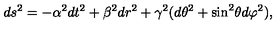
d s ^ { 2 } = - \alpha ^ { 2 } d t ^ { 2 } + \beta ^ { 2 } d r ^ { 2 } + \gamma ^ { 2 } ( d \theta ^ { 2 } + \sin ^ { 2 } \! \theta d \varphi ^ { 2 } ) ,